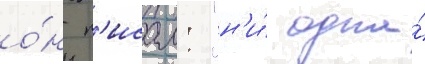
о́н п'исал: "н'и́ одна́